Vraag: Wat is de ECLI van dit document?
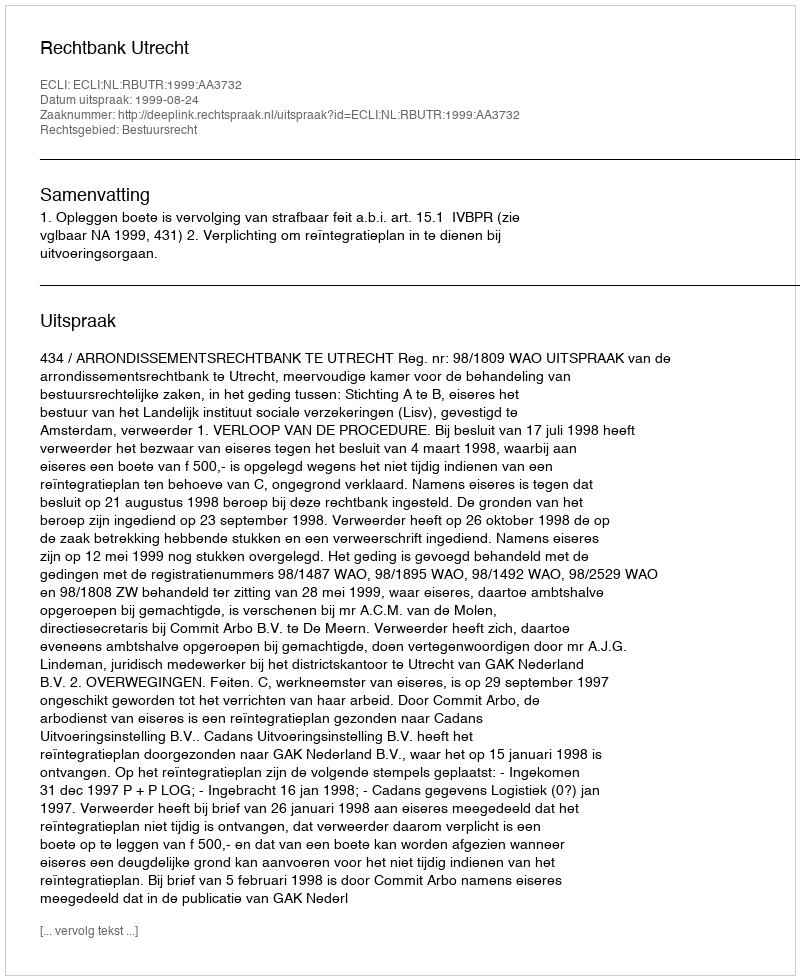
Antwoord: ECLI:NL:RBUTR:1999:AA3732